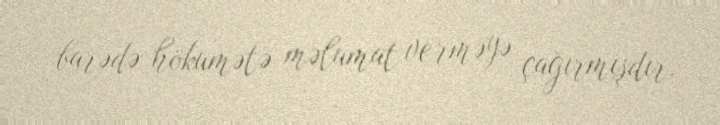
barədə hökumətə məlumat verməyə çağırmışdır.